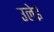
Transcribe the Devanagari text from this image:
उलेई